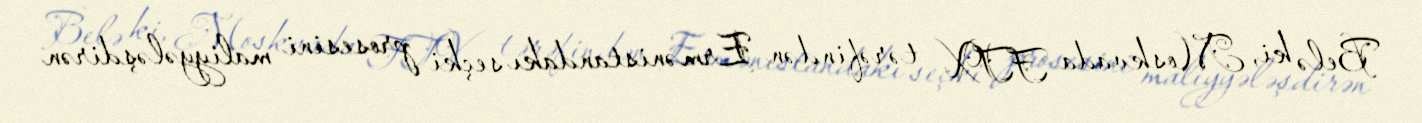
Belə ki, Moskvada FTX tərəfindən Ermənistandakı seçki prosesini maliyyələşdirən